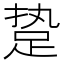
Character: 𰸈